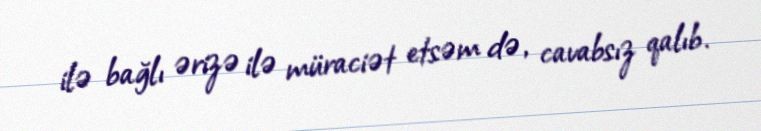
ilə bağlı ərizə ilə müraciət etsəm də, cavabsız qalıb.